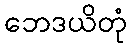
ဘေဒယိတုံ